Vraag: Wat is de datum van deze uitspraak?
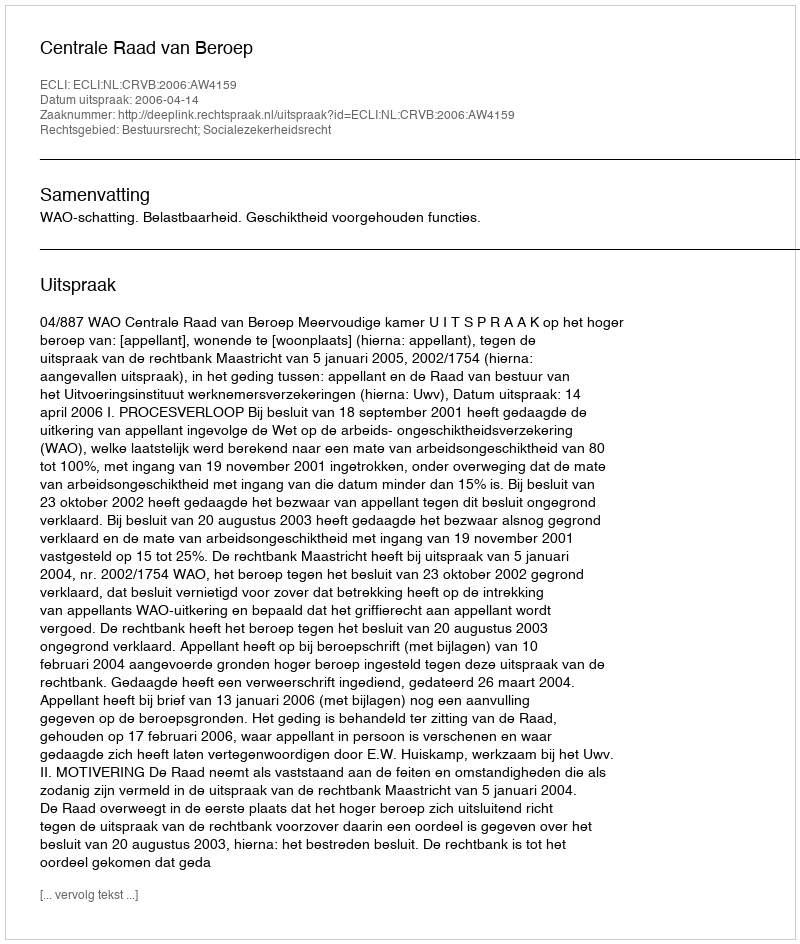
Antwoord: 2006-04-14